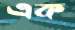
এক